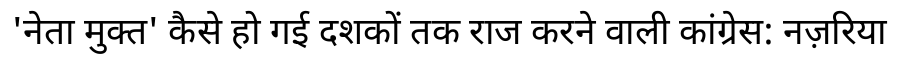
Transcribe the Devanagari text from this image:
'नेता मुक्त' कैसे हो गई दशकों तक राज करने वाली कांग्रेस: नज़रिया